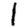
Digit: 1